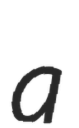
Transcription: a